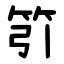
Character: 䇙